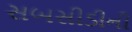
સબસીડીની